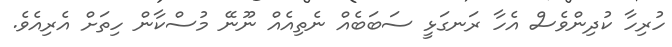
ހުރިހާ ކުދިންވެސް އެހާ ރަނގަޅީ ސަބަބެއް ނެތިއެއް ނޫނޭ މުސްކާން ހިތަށް އެރިއެވެ.